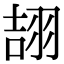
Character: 翓